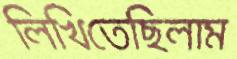
লিখিতেছিলাম